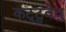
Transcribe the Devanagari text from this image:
कट्‌टुवेवु